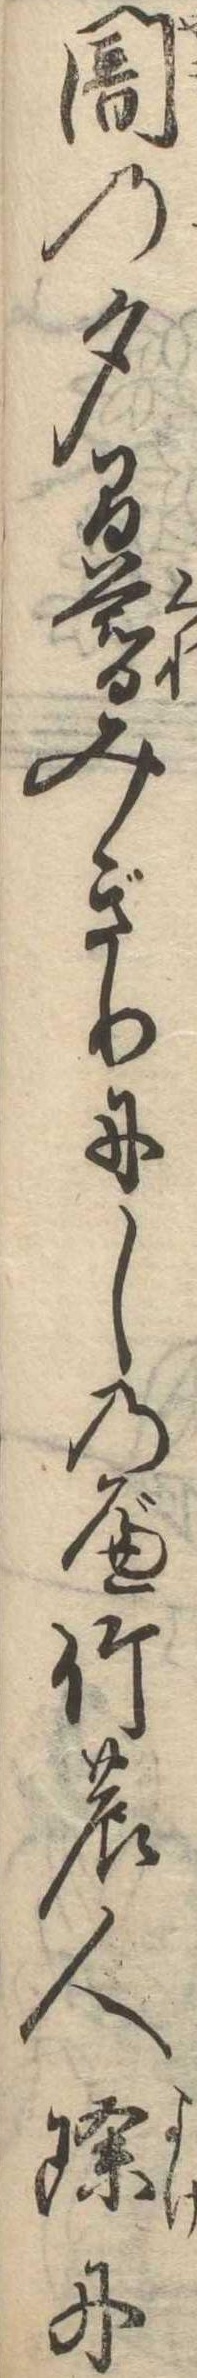
闇の夕間暮みぎりにしのべ竹の人除に